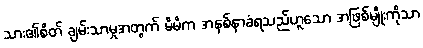
သား၏စိတ် ချမ်းသာမှုအတွက် မိမိက အနစ်နာခံရသည်ဟူသော အဖြစ်မျိုးကိုသာ